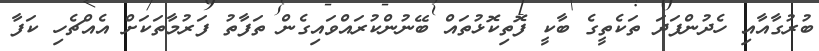
ބުރުގާއާއި ހެދުންފަދަ ތަކެތީގެ ބާކީ ފޮތިކޮޅުތައް ބޭނުންކުރައްވައިގެން ތަފާތު ފަރުމާތަކަށް އެއްޗެހި ކަފާ